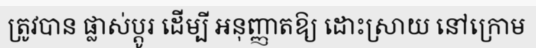
ត្រូវបាន ផ្លាស់ប្តូរ ដើម្បី អនុញ្ញាតឱ្យ ដោះស្រាយ នៅក្រោម